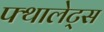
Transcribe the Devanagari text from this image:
फ्थालेट्स